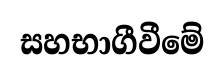
සහභාගීවීමේ